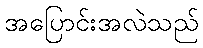
အပြောင်းအလဲသည်